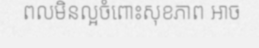
ពលមិនល្អចំពោះសុខភាព អាច